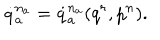
\dot { q } _ { a } ^ { n _ { a } } = \dot { q } _ { a } ^ { n _ { a } } ( q ^ { r } , p ^ { n } ) .